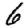
Digit: 6